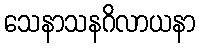
သေနာသနဂိလာယနာ